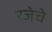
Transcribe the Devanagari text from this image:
रजेचे